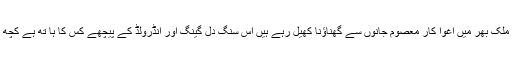
لاہور سمیت ملک بھر میں اغوا کار معصوم جانوں سے گھناؤنا کھیل رہے ہیں اس سنگ دل گینگ اور انڈرولڈ کے پیچھے کس کا ہا تھ ہے کچھ معلوم نہیں ؟